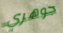
جوهري